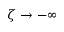
\zeta \rightarrow - \infty